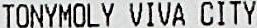
TONYMOLY VIVA CITY